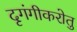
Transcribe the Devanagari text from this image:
दृगंगीकरोतु